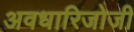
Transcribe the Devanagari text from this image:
अवधारिजोजी